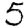
Digit: 5